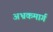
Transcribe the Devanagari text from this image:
अभ्रकमार्ग